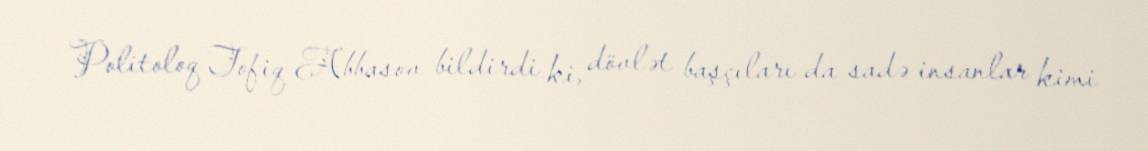
Politoloq Tofiq Abbasov bildirdi ki, dövlət başçıları da sadə insanlar kimi